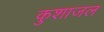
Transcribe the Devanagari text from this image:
कुशाजल